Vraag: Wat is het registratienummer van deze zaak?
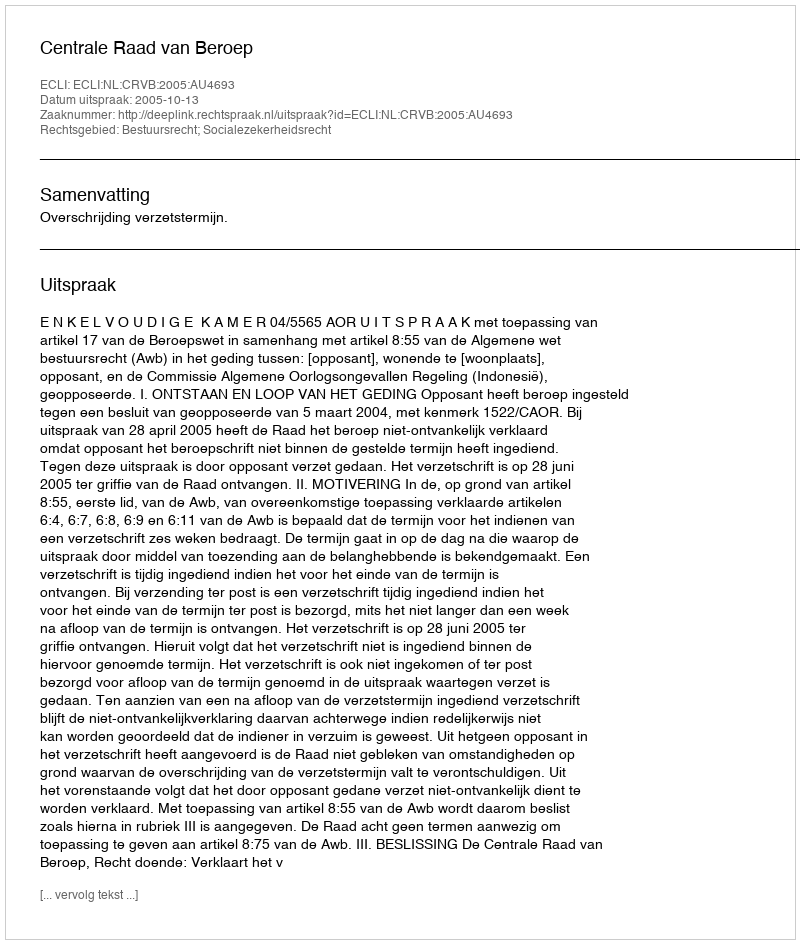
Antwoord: http://deeplink.rechtspraak.nl/uitspraak?id=ECLI:NL:CRVB:2005:AU4693